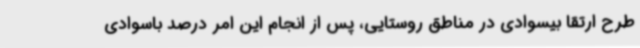
طرح ارتقا بیسوادی در مناطق روستایی، پس از انجام این امر درصد باسوادی